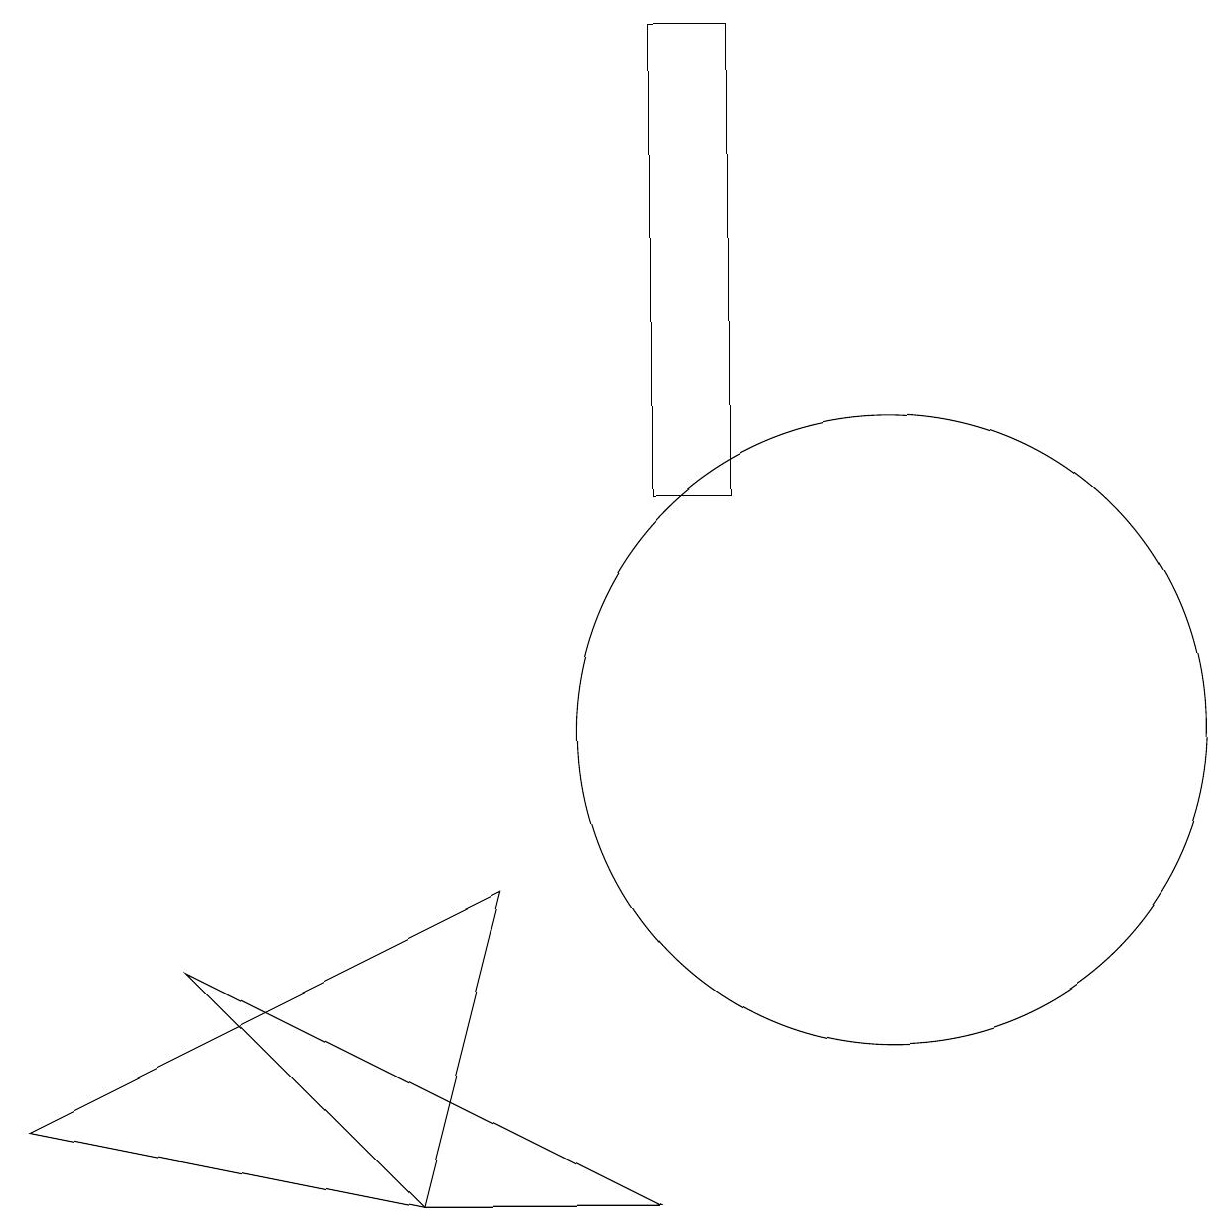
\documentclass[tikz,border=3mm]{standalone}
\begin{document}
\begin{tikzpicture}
\draw (2,7) -- (5,4) -- (8,4) -- cycle;
\draw (8,19) rectangle (9,13);
\draw (11,10) circle (4);
\draw (5,4) -- (0,5) -- (6,8) -- cycle;
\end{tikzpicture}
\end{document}